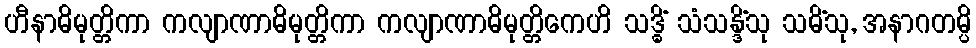
ဟီနာဓိမုတ္တိကာ ကလျာဏာဓိမုတ္တိကာ ကလျာဏာဓိမုတ္တိကေဟိ သဒ္ဓိံ သံသန္ဒိံသု သမိံသု, အနာဂတမ္ပိ